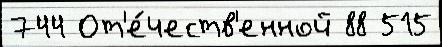
744 От'е́честв'енной 88 515